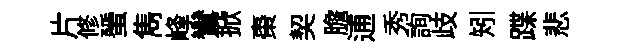
片修蜑雋峰鸞掀棗契膽逋秀詢歧矧蹀悲